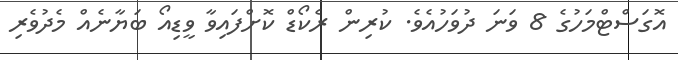
އޮގަސްޓްމަހުގެ 8 ވަނަ ދުވަހުއެވެ. ކުރިން ރެކޯޑް ކޮށްފައިވާ ވީޑިއޯ ބަޔާނެއް މެދުވެރި